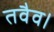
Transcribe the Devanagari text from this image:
तवैव।